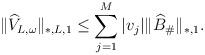
LaTeX: \begin{align*} \| \widehat{V}_{L,\omega} \|_{*,L,1} \leq \sum_{j=1}^M |v_j| \| \widehat{B}_\# \|_{*,1} . \end{align*}